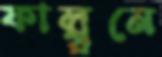
ফাল্গুনে